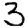
Digit: 3